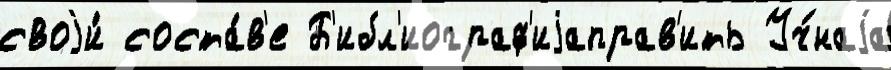
своjи́ соста́в'е Б'ибл'иограф'иjаправ'ить Уч́наjа